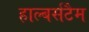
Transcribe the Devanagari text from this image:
हाल्बर्सटैम